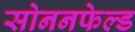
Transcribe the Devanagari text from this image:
सोननफेल्ड